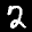
Label: 2